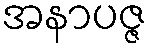
အနာပဇ္ဇ